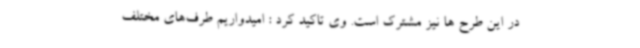
در این طرح ها نیز مشترک است. وی تاکید کرد : امیدواریم طرف‌های مختلف